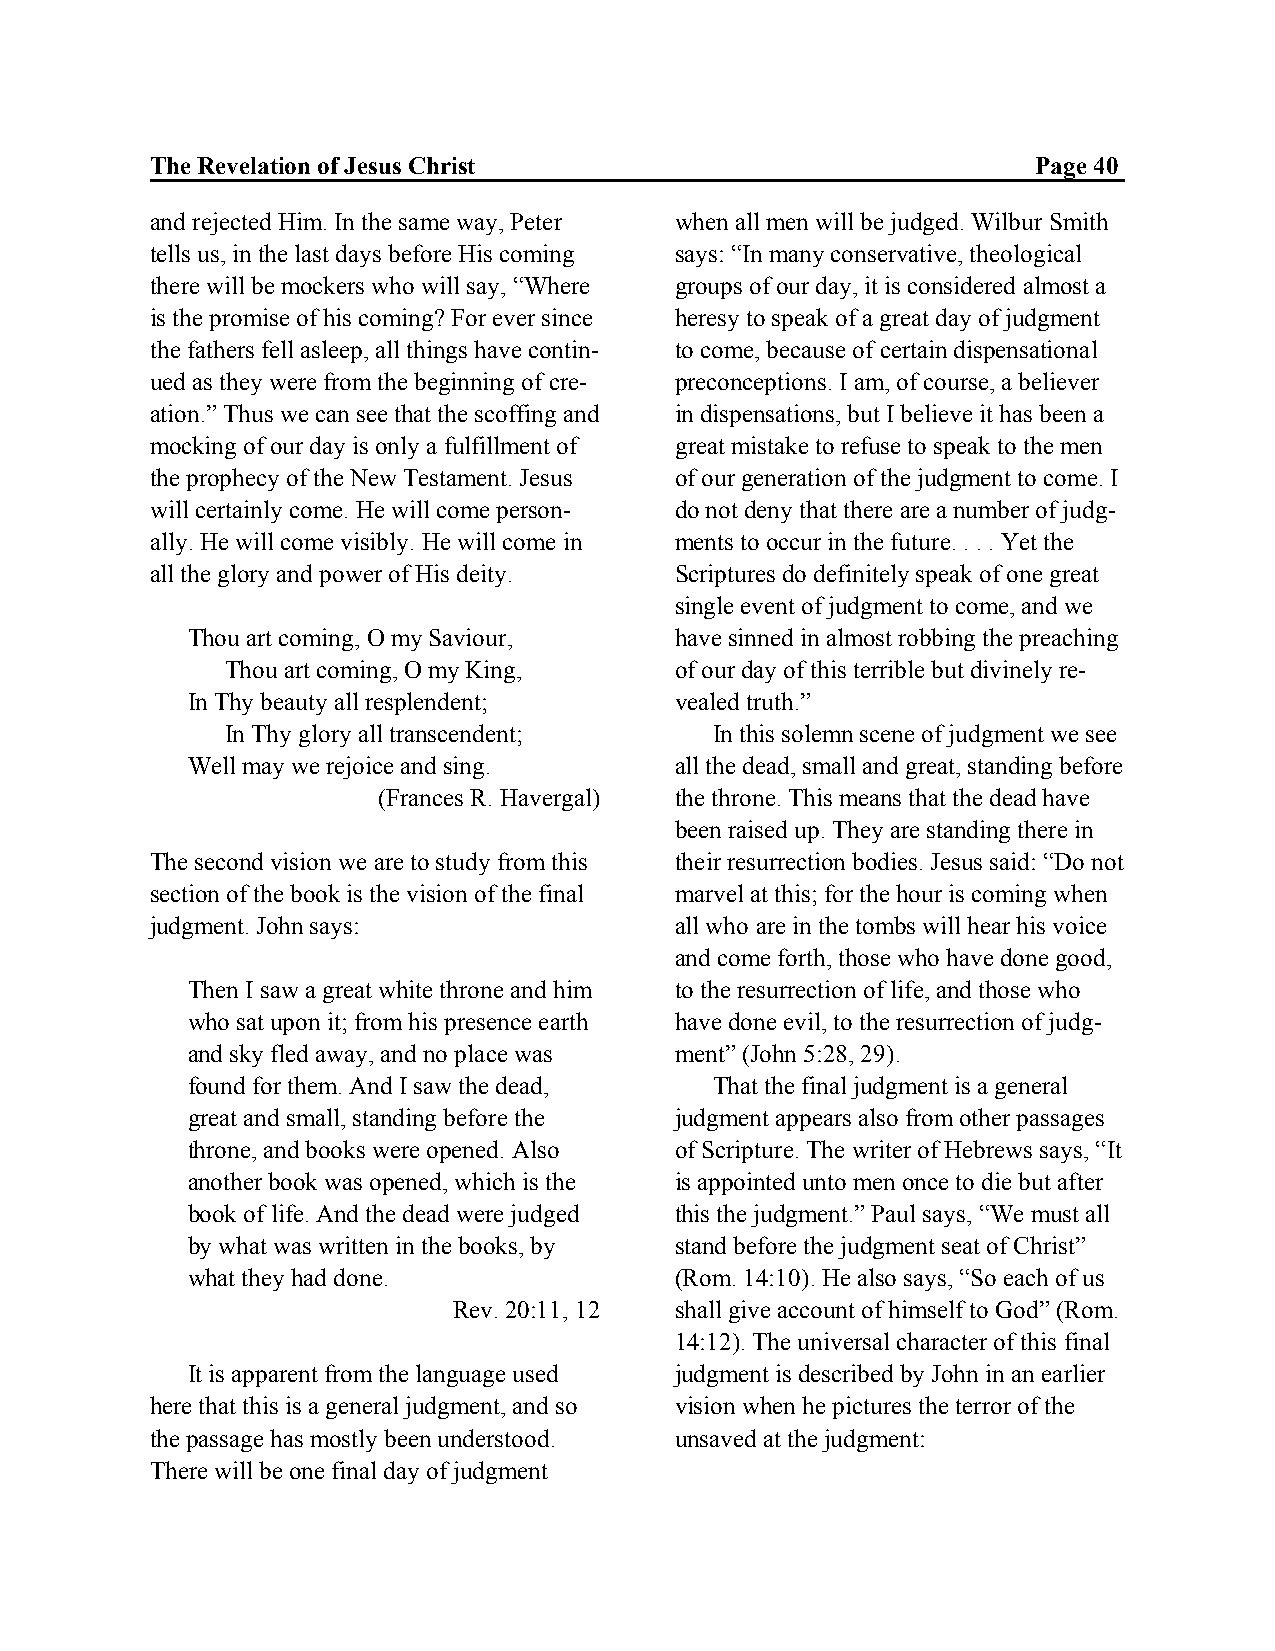
The Revelation of Jesus Christ                             Page 40
 and rejected Him. In the same way, Peter when all men will be judged. Wilbur Smith
 tells us, in the last days before His coming says: “In many conservative, theological
 there will be mockers who will say, “Where groups of our day, it is considered almost a
 is the promise of his coming? For ever since heresy to speak of a great day of judgment
 the fathers fell asleep, all things have contin- to come, because of certain dispensational
 ued as they were from the beginning of cre- preconceptions. I am, of course, a believer
 ation.” Thus we can see that the scoffing and in dispensations, but I believe it has been a
 mocking of our day is only a fulfillment of great mistake to refuse to speak to the men
 the prophecy of the New Testament. Jesus of our generation of the judgment to come. I
 will certainly come. He will come person- do not deny that there are a number of judg-
 ally. He will come visibly. He will come in ments to occur in the future. . . . Yet the
 all the glory and power of His deity. Scriptures do definitely speak of one great
 single event of judgment to come, and we
 Thou art coming, O my Saviour,   have sinned in almost robbing the preaching
 Thou art coming, O my King,   of our day of this terrible but divinely re-
 In Thy beauty all resplendent;   vealed truth.”
 In Thy glory all transcendent;  In this solemn scene of judgment we see
 Well may we rejoice and sing.    all the dead, small and great, standing before
 (Frances R. Havergal) the throne. This means that the dead have
 been raised up. They are standing there in
 The second vision we are to study from this their resurrection bodies. Jesus said: “Do not
 section of the book is the vision of the final marvel at this; for the hour is coming when
 judgment. John says:               all who are in the tombs will hear his voice
 and come forth, those who have done good,
 Then I saw a great white throne and him to the resurrection of life, and those who
 who sat upon it; from his presence earth have done evil, to the resurrection of judg-
 and sky fled away, and no place was ment” (John 5:28, 29).
 found for them. And I saw the dead, That the final judgment is a general
 great and small, standing before the judgment appears also from other passages
 throne, and books were opened. Also of Scripture. The writer of Hebrews says, “It
 another book was opened, which is the is appointed unto men once to die but after
 book of life. And the dead were judged this the judgment.” Paul says, “We must all
 by what was written in the books, by stand before the judgment seat of Christ”
 what they had done.              (Rom. 14:10). He also says, “So each of us
 Rev. 20:11, 12 shall give account of himself to God” (Rom.
 14:12). The universal character of this final
 It is apparent from the language used judgment is described by John in an earlier
 here that this is a general judgment, and so vision when he pictures the terror of the
 the passage has mostly been understood. unsaved at the judgment:
 There will be one final day of judgment